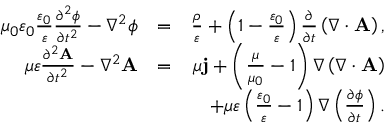
\begin{array} { r l r } { \mu _ { 0 } \varepsilon _ { 0 } \frac { \varepsilon _ { 0 } } { \varepsilon } \frac { \partial ^ { 2 } \phi } { \partial t ^ { 2 } } - \nabla ^ { 2 } \phi } & { = } & { \frac { \rho } { \varepsilon } + \left( 1 - \frac { \varepsilon _ { 0 } } { \varepsilon } \right) \frac { \partial } { \partial t } \left( \nabla \cdot \mathbf { A } \right) , } \\ { \mu \varepsilon \frac { \partial ^ { 2 } \mathbf { A } } { \partial t ^ { 2 } } - \nabla ^ { 2 } \mathbf { A } } & { = } & { \mu \mathbf { j } + \left( \frac { \mu } { \mu _ { 0 } } - 1 \right) \nabla \left( \nabla \cdot \mathbf { A } \right) } \\ & { } & { + \mu \varepsilon \left( \frac { \varepsilon _ { 0 } } { \varepsilon } - 1 \right) \nabla \left( \frac { \partial \phi } { \partial t } \right) . } \end{array}